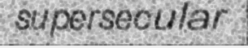
supersecular